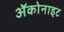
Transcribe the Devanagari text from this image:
ॲकोनाइट